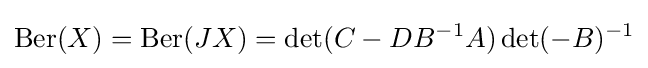
\operatorname {Ber} (X)=\operatorname {Ber} (JX)=\det(C-DB^{-1}A)\det(-B)^{-1}